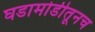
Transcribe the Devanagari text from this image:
घडामोडीतूनच